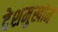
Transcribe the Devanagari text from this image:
देशमुखोने